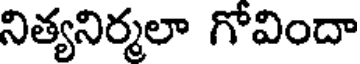
నిత్యనిర్మలా గోవిందా